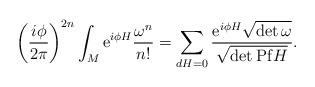
LaTeX: \begin{align*}\left(\frac{i\phi}{{2\pi}}\right)^{2n}\int_M{\rm e}^{i\phi H}\frac{\omega^n}{n!}=\sum_{dH=0}\frac{{\rm e}^{i\phi H}{{\sqrt{\det\omega}}}}{\sqrt{\det {\rm Pf} H}}.\end{align*}